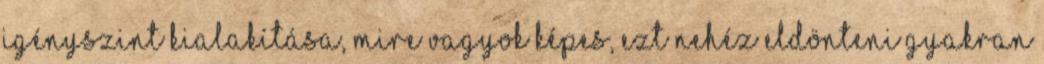
igényszint kialakítása, mire vagyok képes, ezt nehéz eldönteni Gyakran